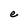
Character: e